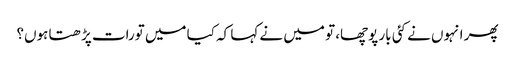
پھر انہوں نے کئی بار پوچھا، تو میں نے کہا کہ کیا میں تورات پڑھتا ہوں؟